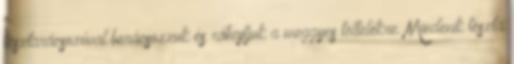
tésztarácsozóval berácsozzuk és ráhajtjuk a meggyes töltelékre. Mindenik tészta